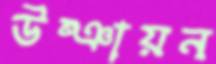
উষ্ঞায়ন